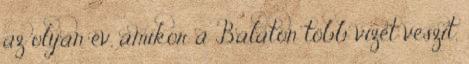
az olyan év, amikor a Balaton több vizet veszít,